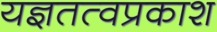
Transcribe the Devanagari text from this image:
यज्ञतत्वप्रकाश